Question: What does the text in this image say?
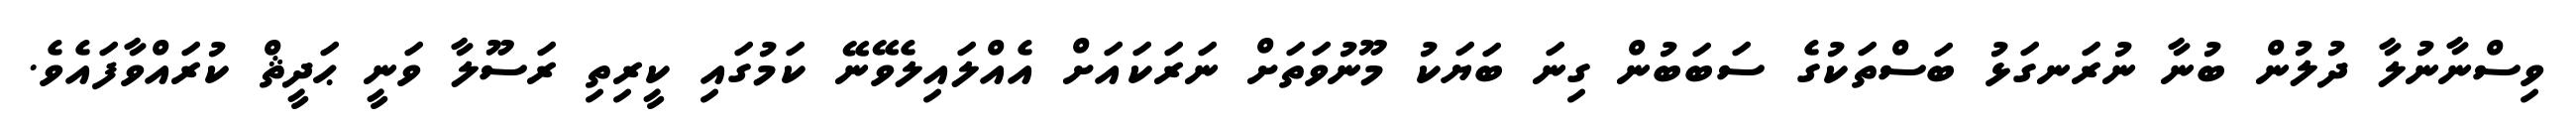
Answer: ވިސްނާނުލާ ދުލުން ބުނާ ނުރަނގަޅު ބަސްތަކުގެ ސަބަބުން ގިނަ ބަޔަކު މޫނުވަތަށް ނަރަކައަށް އެއްލައިލެވޭނޭ ކަމުގައި ކީރިތި ރަސޫލާ ވަނީ ޙަދީޘް ކުރައްވާފައެވެ.